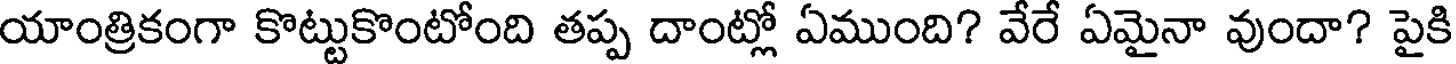
యాంత్రికంగా కొట్టుకొంటోంది తప్ప దాంట్లో ఏముంది? వేరే ఏమైనా వుందా? పైకి